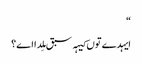
‏“‏
ایہدے توں کیہہ سبق مِلدا اے؟